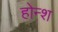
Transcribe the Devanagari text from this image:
होन्श